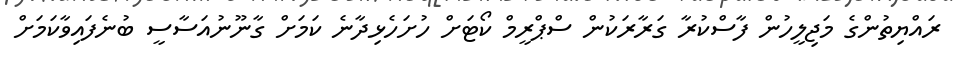
ރައްޔިތުންގެ މަޖިލީހުން ފާސްކުރާ ގަރާރަކުން ސްޕްރީމް ކޯޓަށް ހުށަހެޅިދާނެ ކަމަށް ގާނޫނުއަސާސީ ބުނެފައިވާކަމަށް